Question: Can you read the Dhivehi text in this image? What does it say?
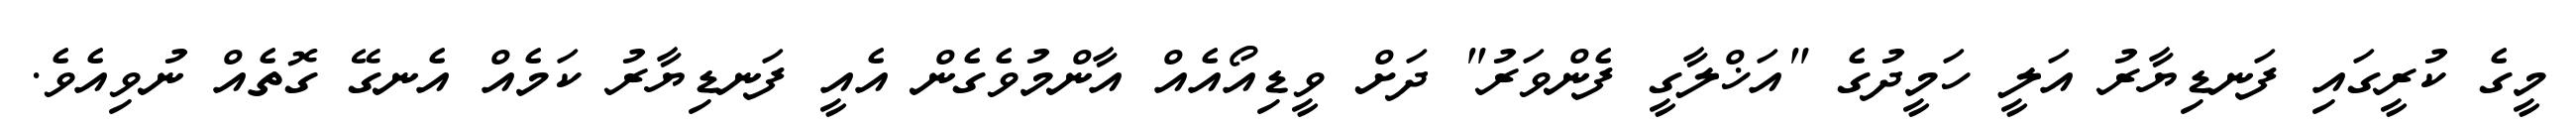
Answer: މީގެ ކުރީގައި ފަނޑިޔާރު އަލީ ހަމީދުގެ "އަޚްލާގީ ފެންވަރު" ދަށް ވީޑިއޯއެއް އާންމުވެގެން އެއީ ފަނޑިޔާރު ކަމެއް އެނގޭ ގޮތެއް ނުވިއެވެ.